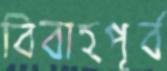
বিবাহপূর্ব